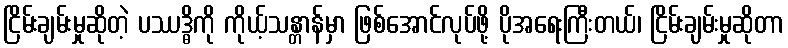
ငြိမ်းချမ်းမှုဆိုတဲ့ ပဿဒ္ဓိကို ကိုယ့်သန္တာန်မှာ ဖြစ်အောင်လုပ်ဖို့ ပိုအရေးကြီးတယ်၊ ငြိမ်းချမ်းမှုဆိုတာ